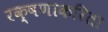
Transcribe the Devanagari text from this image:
रक्षणाकरिता